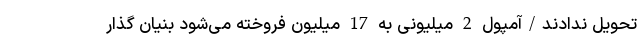
تحویل ندادند/آمپول 2 میلیونی به 17 میلیون فروخته می‌شود بنیان گذار